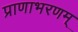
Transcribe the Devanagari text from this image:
प्राणाभरणम्‌